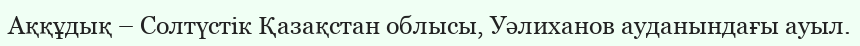
Аққұдық – Солтүстік Қазақстан облысы, Уәлиханов ауданындағы ауыл.